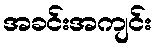
အခင်းအကျင်း